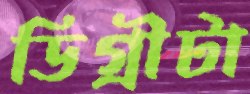
ডিগ্রীটা